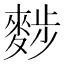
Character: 𪌷